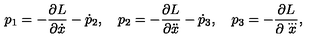
p _ { 1 } = - \frac { \partial L } { \partial \dot { x } } - \dot { p } _ { 2 } , \quad p _ { 2 } = - \frac { \partial L } { \partial \ddot { x } } - \dot { p } _ { 3 } , \quad p _ { 3 } = - \frac { \partial L } { \partial \stackrel { \ldots } { x } } { , }